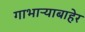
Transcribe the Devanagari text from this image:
गाभाऱ्याबाहेर